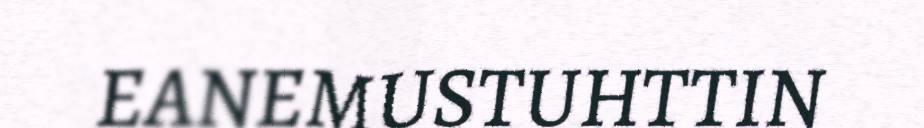
EANEMUSTUHTTIN